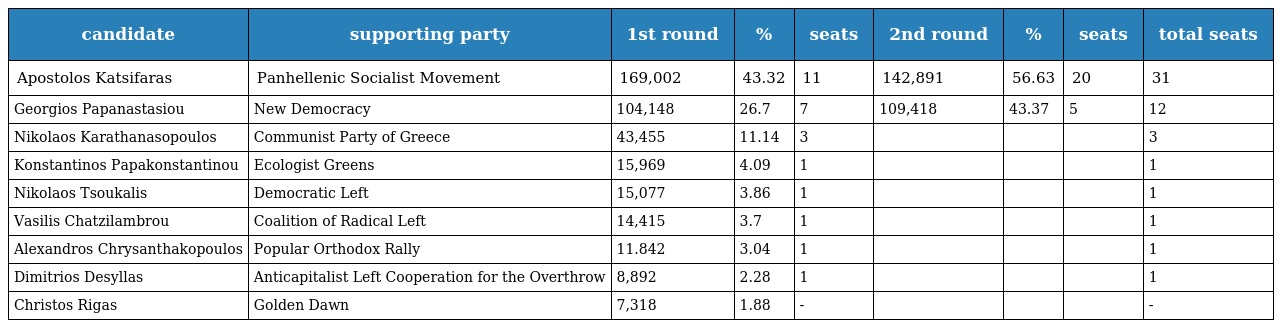
| candidate | supporting party | 1st round | % | seats | 2nd round | % | seats | total seats |
 | --- | --- | --- | --- | --- | --- | --- | --- | --- |
 | Apostolos Katsifaras | Panhellenic Socialist Movement | 169,002 | 43.32 | 11 | 142,891 | 56.63 | 20 | 31 |
 | Georgios Papanastasiou | New Democracy | 104,148 | 26.7 | 7 | 109,418 | 43.37 | 5 | 12 |
 | Nikolaos Karathanasopoulos | Communist Party of Greece | 43,455 | 11.14 | 3 |  |  |  | 3 |
 | Konstantinos Papakonstantinou | Ecologist Greens | 15,969 | 4.09 | 1 |  |  |  | 1 |
 | Nikolaos Tsoukalis | Democratic Left | 15,077 | 3.86 | 1 |  |  |  | 1 |
 | Vasilis Chatzilambrou | Coalition of Radical Left | 14,415 | 3.7 | 1 |  |  |  | 1 |
 | Alexandros Chrysanthakopoulos | Popular Orthodox Rally | 11.842 | 3.04 | 1 |  |  |  | 1 |
 | Dimitrios Desyllas | Anticapitalist Left Cooperation for the Overthrow | 8,892 | 2.28 | 1 |  |  |  | 1 |
 | Christos Rigas | Golden Dawn | 7,318 | 1.88 | - |  |  |  | - |